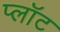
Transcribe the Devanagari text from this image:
प्‍लॉट